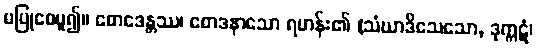
မပြုစေမူ၍။ စောဒေန္တဿ၊ စောဒနာသော ရဟန်း၏ (သံဃာဒိသေသော, ဒုက္ကဋံ၊